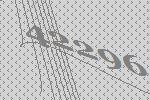
42296